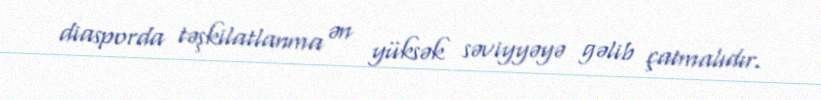
diasporda təşkilatlanma ən yüksək səviyyəyə gəlib çatmalıdır.